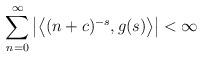
LaTeX: \begin{align*}\sum_{n=0}^{\infty} \left|\left\langle (n+c)^{-s}, g(s) \right\rangle\right|< \infty \end{align*}